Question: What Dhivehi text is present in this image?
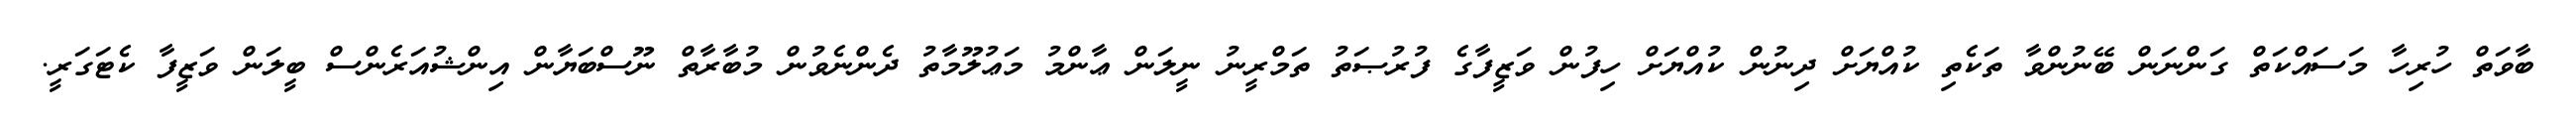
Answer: ބާވަތް ހުރިހާ މަސައްކަތް ގަންނަން ބޭނުންވާ ތަކެތި ކުއްޔަށް ދިނުން ކުއްޔަށް ހިފުން ވަޒީފާގެ ފުރުޞަތު ތަމްރީނު ނީލަން ޢާންމު މަޢުލޫމާތު ދެންނެވުން މުބާރާތް ނޫސްބަޔާން އިންޝުއަރެންސް ބީލަން ވަޒީފާ ކެޓަގަރީ.